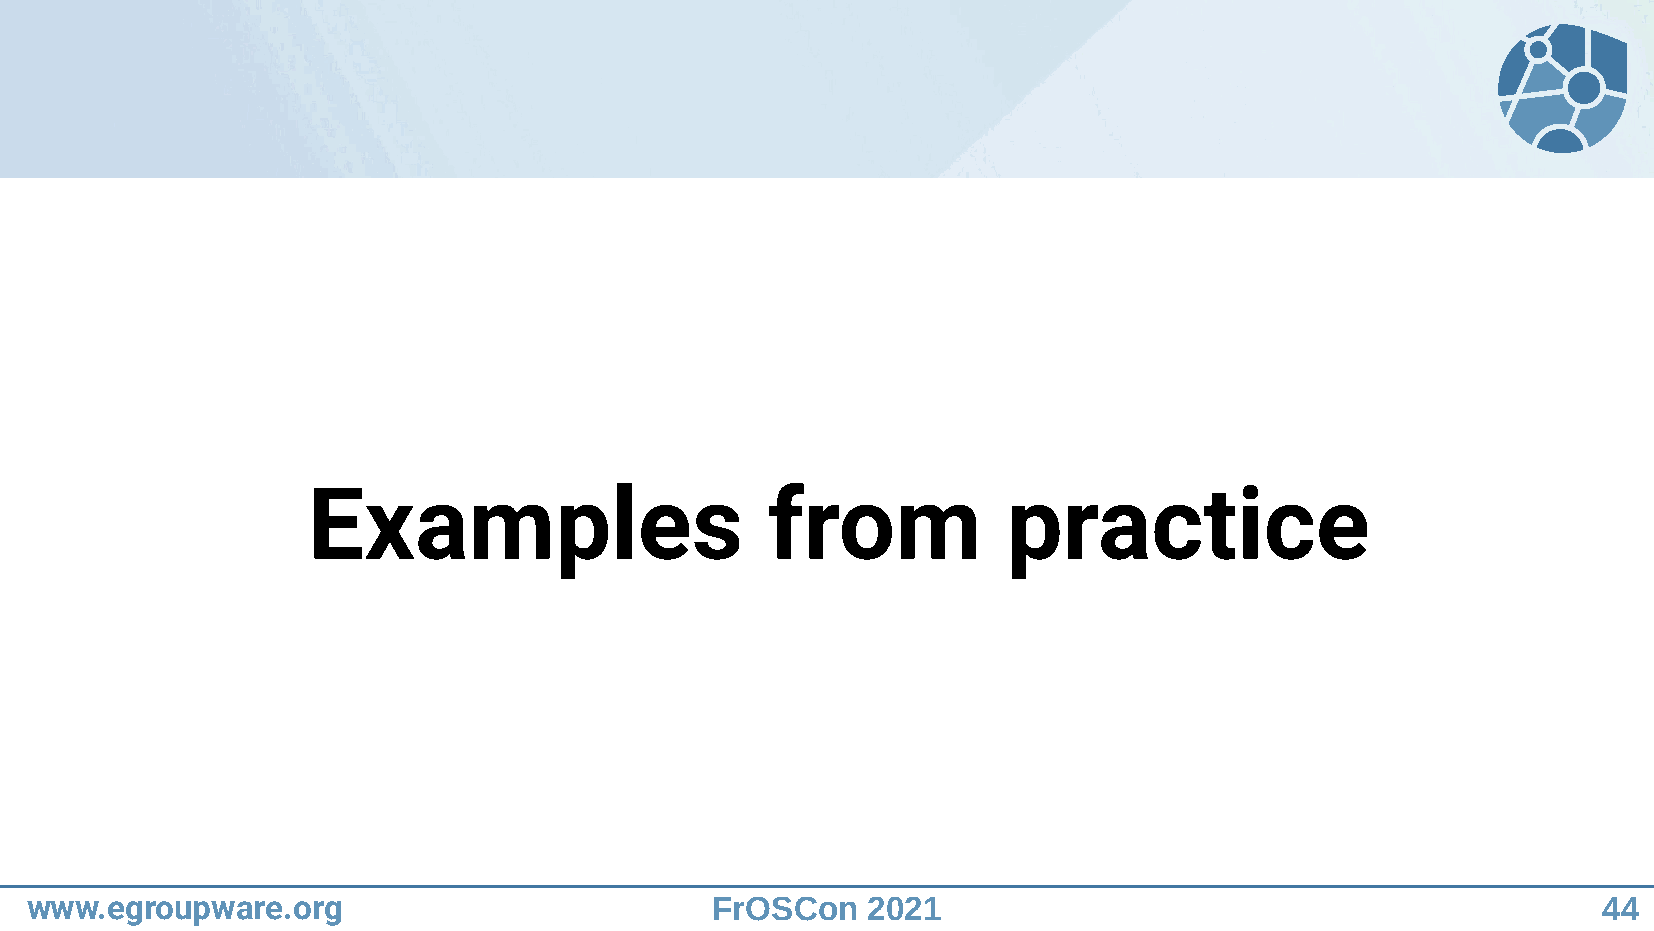
Examples                       from            practice
 www.egroupware.org                           FrOSCon   2021                                             44